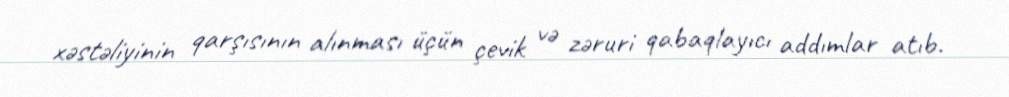
xəstəliyinin qarşısının alınması üçün çevik və zəruri qabaqlayıcı addımlar atıb.